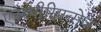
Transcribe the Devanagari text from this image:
एक्स्पीरिएन्सेज़